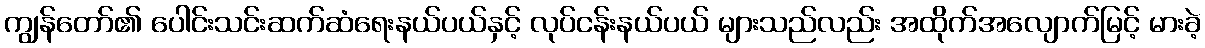
ကျွန်တော်၏ ပေါင်းသင်းဆက်ဆံရေးနယ်ပယ်နှင့် လုပ်ငန်းနယ်ပယ် များသည်လည်း အထိုက်အလျောက်မြင့် မားခဲ့